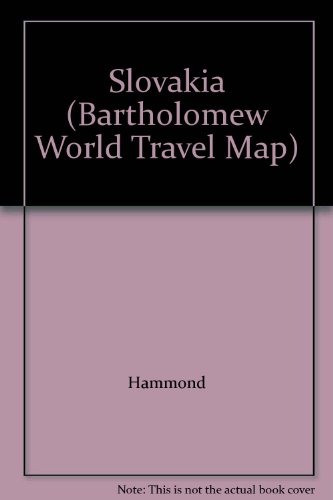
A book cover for Slovakia (Bartholomew World Travel Map); Hammond; Travel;